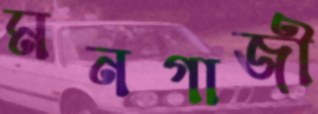
মনগাজী